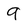
Character: 9